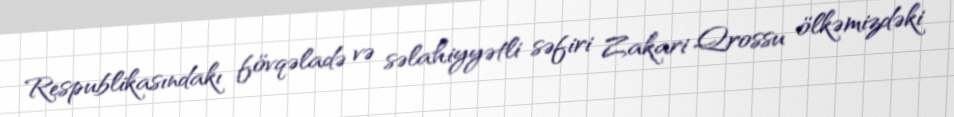
Respublikasındakı fövqəladə və səlahiyyətli səfiri Zakari Qrossu ölkəmizdəki